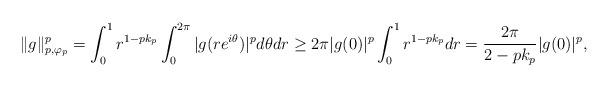
LaTeX: \begin{align*}\|g\|_{p,\varphi_p}^p=\int^1_0r^{1-pk_p}\int^{2\pi}_0|g(re^{i\theta})|^pd\theta{dr}\geq2\pi|g(0)|^p\int^1_0r^{1-pk_p}dr=\frac{2\pi}{2-pk_p}|g(0)|^p,\end{align*}